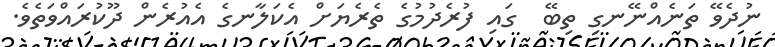
ނުދެވޭ ތަނެއްނޭނގި ތިބޭ  ގައި ފުރެދުމުގެ ތެރެޔަށް އެކަލާނގެ އެއުރެން ދޫކުރައްވަތެވެ.